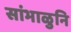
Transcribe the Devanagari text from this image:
सांभाळुनि